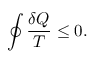
\oint { \frac { \delta Q } { T } } \leq 0 .